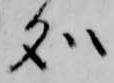
処